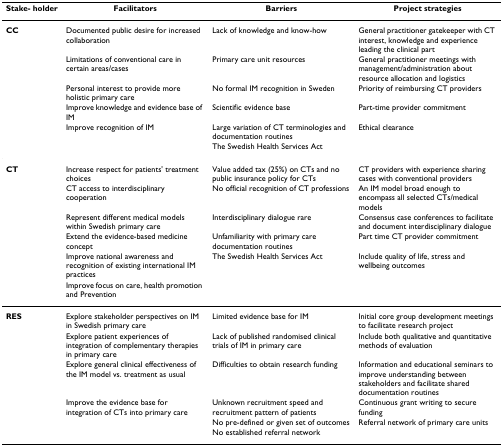
| Stake- holder | Facilitators | Barriers | Project strategies |
 | --- | --- | --- | --- |
 | CC | Documented public desire for increased collaboration | Lack of knowledge and know-how | General practitioner gatekeeper with CT interest, knowledge and experience leading the clinical part |
 |  | Limitations of conventional care in certain areas/cases | Primary care unit resources | General practitioner meetings with management/administration about resource allocation and logistics |
 |  | Personal interest to provide more holistic primary care | No formal IM recognition in Sweden | Priority of reimbursing CT providers |
 |  | Improve knowledge and evidence base of IM | Scientific evidence base | Part-time provider commitment |
 |  | Improve recognition of IM | Large variation of CT terminologies and documentation routines | Ethical clearance |
 |  |  | The Swedish Health Services Act |  |
 | CT | Increase respect for patients' treatment choices | Value added tax (25%) on CTs and no public insurance policy for CTs | CT providers with experience sharing cases with conventional providers |
 |  | CT access to interdisciplinary cooperation | No official recognition of CT professions | An IM model broad enough to encompass all selected CTs/medical models |
 |  | Represent different medical models within Swedish primary care | Interdisciplinary dialogue rare | Consensus case conferences to facilitate and document interdisciplinary dialogue |
 |  | Extend the evidence-based medicine concept | Unfamiliarity with primary care documentation routines | Part time CT provider commitment |
 |  | Improve national awareness and recognition of existing international IM practices | The Swedish Health Services Act | Include quality of life, stress and wellbeing outcomes |
 |  | Improve focus on care, health promotion and Prevention |  |  |
 | RES | Explore stakeholder perspectives on IM in Swedish primary care | Limited evidence base for IM | Initial core group development meetings to facilitate research project |
 |  | Explore patient experiences of integration of complementary therapies in primary care | Lack of published randomised clinical trials of IM in primary care | Include both qualitative and quantitative methods of evaluation |
 |  | Explore general clinical effectiveness of the IM model vs. treatment as usual | Difficulties to obtain research funding | Information and educational seminars to improve understanding between stakeholders and facilitate shared documentation routines |
 |  | Improve the evidence base for integration of CTs into primary care | Unknown recruitment speed and recruitment pattern of patients | Continuous grant writing to secure funding |
 |  |  | No pre-defined or given set of outcomes | Referral network of primary care units |
 |  |  | No established referral network |  |